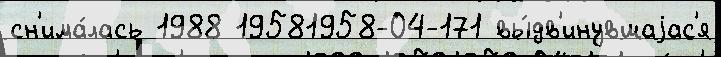
сн'има́лась 1988 19581958-04-171 вы́дв'инувшаjас'я